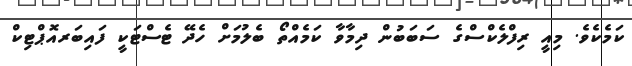
ކަމެކެވެ. މިއީ ރިފްލެކްސްގެ ސަަބަބުން ދިމާވާ ކަމެއްތޯ ބެލުމަށް ހެދޭ ޓެސްޓަކީ ފައިބަރއޮޕްޓިކް